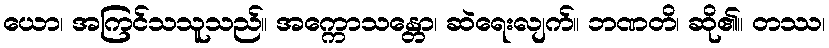
ယော၊ အကြင်သသူသည်။ အက္ကောသန္တော၊ ဆဲရေးလျက်။ ဘဏတိ၊ ဆို၏။ တဿ၊